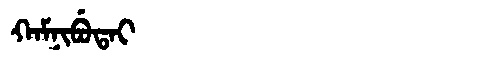
Manchu: ᡴᠠᠮᠨᡳᠪᡠᡨᠠᡳ
Romanization: KAMNIBUTAI